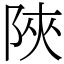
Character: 陜